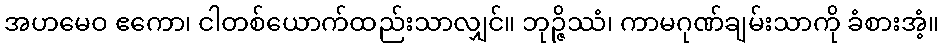
အဟမေဝ ဧကော၊ ငါတစ်ယောက်ထည်းသာလျှင်။ ဘုဉ္ဇိဿံ၊ ကာမဂုဏ်ချမ်းသာကို ခံစားအံ့။